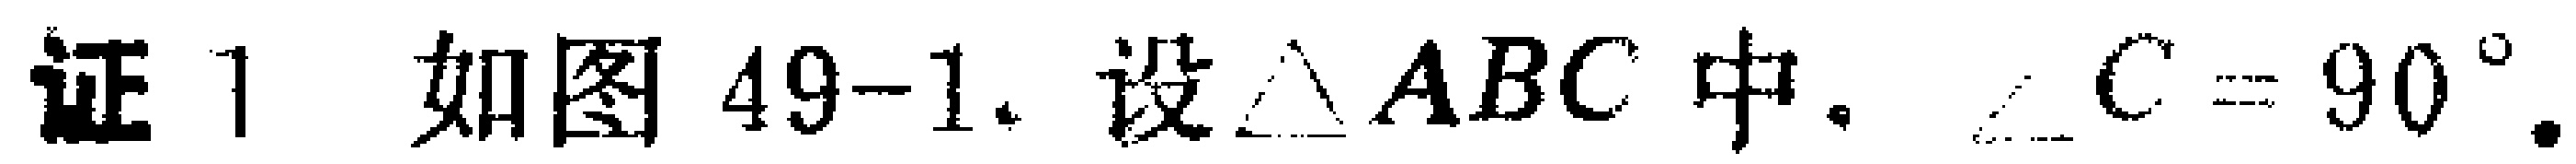
证1 如图49-1. 设$\triangle ABC$中. $\angle C = 90^{\circ}$.